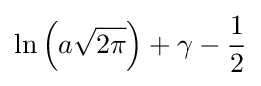
\ln \left(a{\sqrt {2\pi }}\right)+\gamma -{\frac {1}{2}}